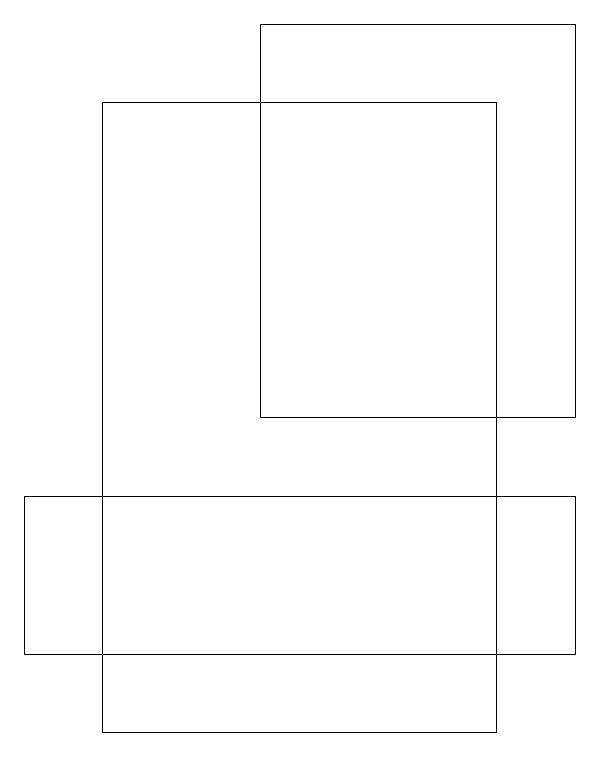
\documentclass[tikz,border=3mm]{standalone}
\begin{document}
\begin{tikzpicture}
\draw (2,13) rectangle (9,11);
\draw (5,19) rectangle (9,14);
\draw (3,10) rectangle (8,18);
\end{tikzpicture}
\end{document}